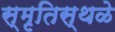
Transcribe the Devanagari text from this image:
स्मृतिस्थळे